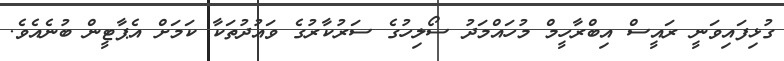
ގުޅިފައިވަނީ ރައީސް އިބްރާހީމް މުހައްމަދު ސޯލިހުގެ ސަރުކާރުގެ ވައުދުތަކާ ކަމަށް އެޕާޓީން ބުނެއެވެ.